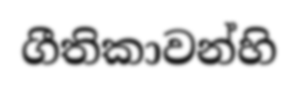
ගීතිකාවන්හි